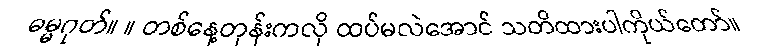
ဓမ္မဂုတ်။ ။ တစ်နေ့တုန်းကလို ထပ်မလဲအောင် သတိထားပါကိုယ်တော်။